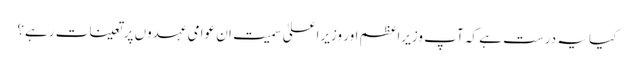
کیا یہ درست ہے کہ آپ وزیراعظم اور وزیراعلیٰ سمیت ان عوامی عہدوں پر تعینات رہے؟